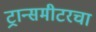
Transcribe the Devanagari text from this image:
ट्रान्समीटरचा